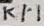
Text: K1:1